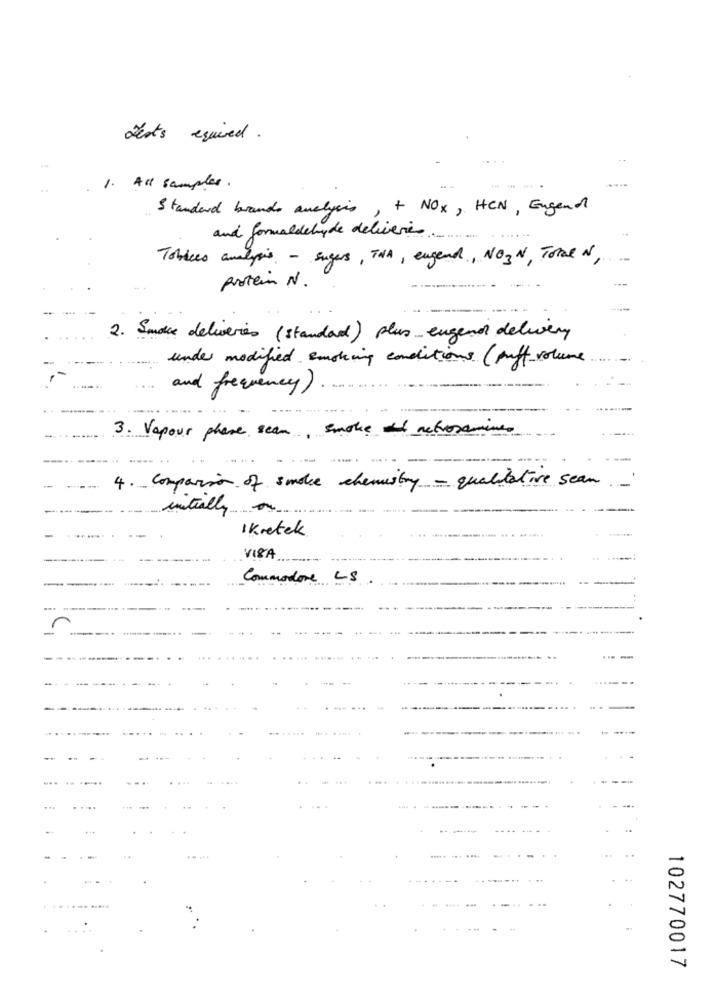
Jests equired.
1. All samples .
Standard brands analysis, + NOX, HCN, Engend
and formaldehyde deliveries.
Toblees analysis - sugers, THA, engend, NO3N, Tore N,
protein N.
----
2. Sudie deliveries (standard) plus engend delivery
under modified smoking conditions ( puff volume
and frequency)
3. Vapour phase sean, smoke di metrosamines
4. Comparison of smoke chemistry - qualitative sean
-
initially
I Kretek
VISA
Commodore LS
102770017